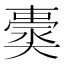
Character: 𡚀